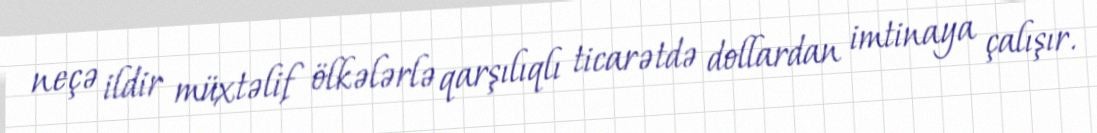
neçə ildir müxtəlif ölkələrlə qarşılıqlı ticarətdə dollardan imtinaya çalışır.